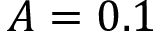
A = 0 . 1